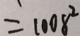
= 1 0 0 8 ^ { 2 }